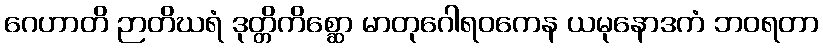
ဂေဟာတိ ဉာတိဃရံ ဒုတ္တိကိစ္ဆော မာတုဂေါရဝကေန ယမုနောဒကံ ဘဝရတာ